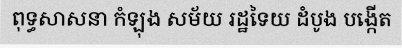
ពុទ្ធសាសនា កំឡុង សម័យ រដ្ឋទៃយ ដំបូង បង្កើត